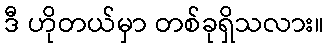
ဒီ ဟိုတယ်မှာ တစ်ခုရှိသလား။